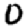
Digit: 0